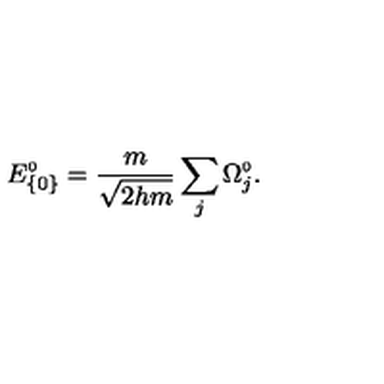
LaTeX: E _ { \{ 0 \} } ^ { \scriptscriptstyle 0 } = \frac { m } { \sqrt { 2 h m } } \sum _ { j } \Omega _ { j } ^ { \scriptscriptstyle 0 } .